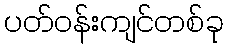
ပတ်ဝန်းကျင်တစ်ခု